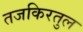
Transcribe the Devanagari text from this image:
तजकिरतुल